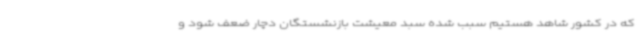
که در کشور شاهد هستیم سبب شده سبد معیشت بازنشستگان دچار ضعف شود و